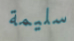
سليمة